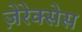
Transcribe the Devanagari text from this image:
ज़ेरेक्सेस